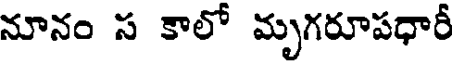
నూనం స కాలో మృగరూపధారీ